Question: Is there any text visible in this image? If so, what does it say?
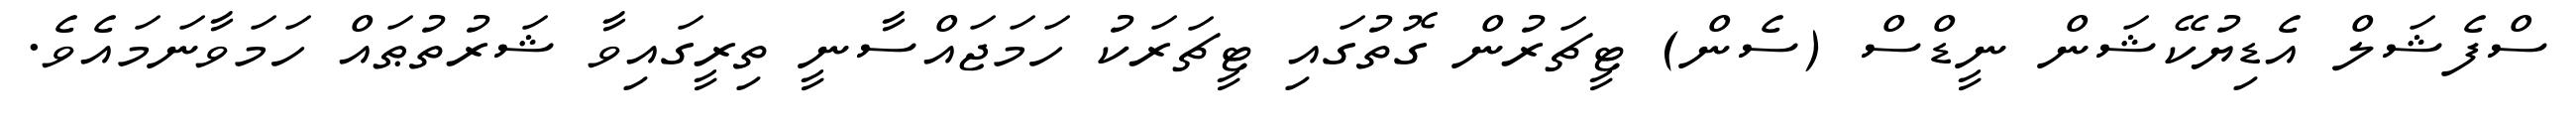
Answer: ސްފެޝަލް އެޑިޔުކޭޝަން ނީޑްސް (ސެން) ޓީޗަރުން ގޮތުގައި ޓީޗަރަކު ހަމަޖައްސާނީ ތިރީގައިވާ ޝަރުތުޠައް ހަމަވާނަމައެވެ.